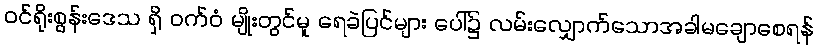
ဝင်ရိုးစွန်းဒေသ ရှိ ဝက်ဝံ မျိုးတွင်မူ ရေခဲပြင်များ ပေါ်၌ လမ်းလျှောက်သောအခါမချောစေရန်